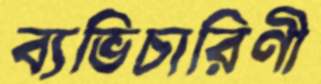
ব্যভিচারিণী